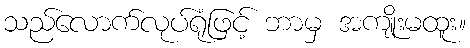
သည်လောက်လုပ်ရုံဖြင့် ဘာမှ အကျိုးမထူး။